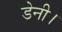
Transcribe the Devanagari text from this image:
डेनी।